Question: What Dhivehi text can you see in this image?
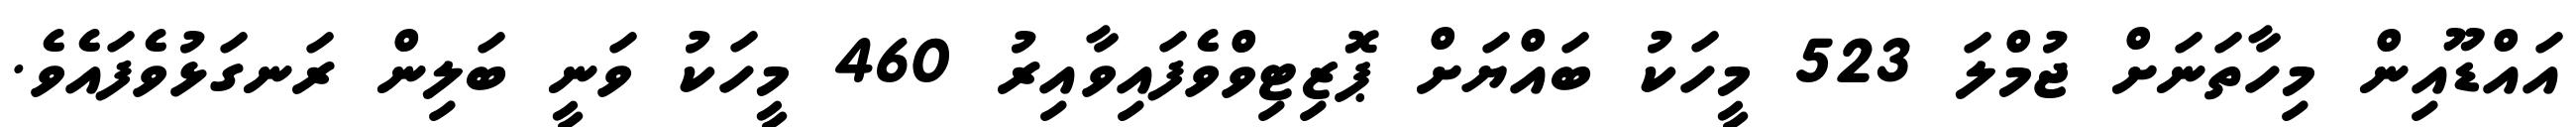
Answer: އައްޑޫއިން މިހާތަނަށް ޖުމްލަ 523 މީހަކު ބައްޔަށް ޕޮޒިޓިވްވެފައިވާއިރު 460 މީހަކު ވަނީ ބަލިން ރަނގަޅުވެފައެވެ.